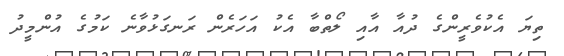
ތިޔަ އެކުވެރީންގެ ދުއާ އާއި ލޯތްބާ އެކު އަހަރެން ރަނގަޅުވާނެ ކަމުގެ އުންމީދު